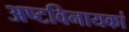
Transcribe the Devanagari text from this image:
अष्टविनायकां